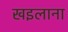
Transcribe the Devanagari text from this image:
खइलाना